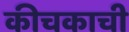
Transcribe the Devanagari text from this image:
कीचकाची